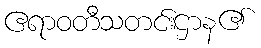
ဧရာဝတီသတင်းဌာန၏